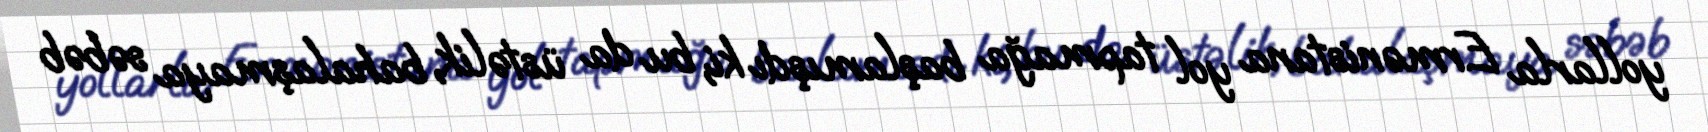
yollarla Ermənistana yol tapmağa başlamışdı ki, bu da üstəlik, bahalaşmaya səbəb